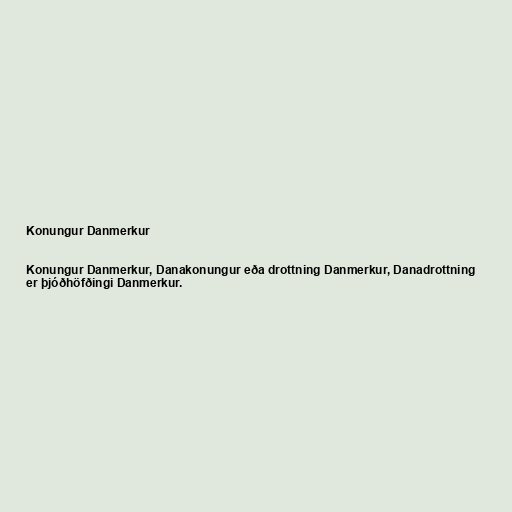
Konungur Danmerkur

Konungur Danmerkur, Danakonungur eða drottning Danmerkur, Danadrottning
er þjóðhöfðingi Danmerkur.